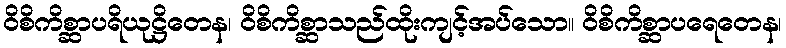
ဝိစိကိစ္ဆာပရိယုဋ္ဌိတေန၊ ဝိစိကိစ္ဆာသည်ထိုးကျင့်အပ်သော။ ဝိစိကိစ္ဆာပရေတေန၊